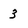
Character: 3